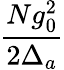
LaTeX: \frac{Ng_{0}^{2}}{2\Delta_{a}}